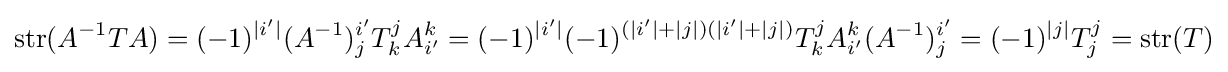
\operatorname {str} (A^{-1}TA)=(-1)^{|i'|}(A^{-1})_{j}^{i'}T_{k}^{j}A_{i'}^{k}=(-1)^{|i'|}(-1)^{(|i'|+|j|)(|i'|+|j|)}T_{k}^{j}A_{i'}^{k}(A^{-1})_{j}^{i'}=(-1)^{|j|}T_{j}^{j}=\operatorname {str} (T)